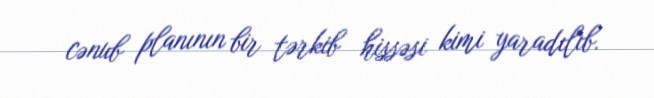
cənub planının bir tərkib hissəsi kimi yaradılıb.